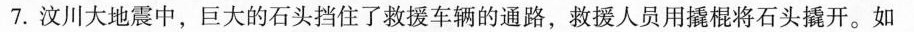
7.汶川大地震中，巨大的石头挡住了救援车辆的通路，救援人员用撬棍将石头撬开。如